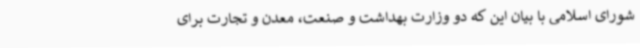
شورای اسلامی با بیان این که دو وزارت بهداشت و صنعت، معدن و تجارت برای